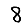
Digit: 8